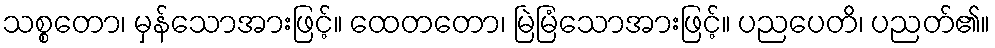
သစ္စတော၊ မှန်သောအားဖြင့်။ ထေတတော၊ မြဲမြံသောအားဖြင့်။ ပညပေတိ၊ ပညတ်၏။